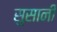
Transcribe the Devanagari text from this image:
सुसानी